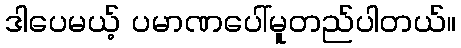
ဒါပေမယ့် ပမာဏပေါ်မူတည်ပါတယ်။